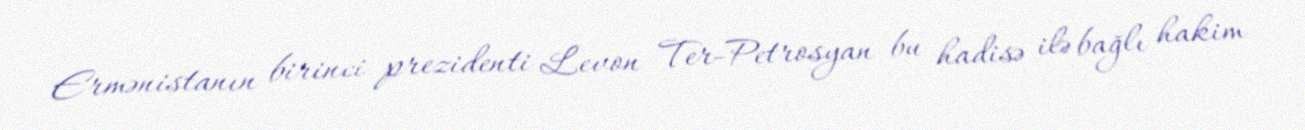
Ermənistanın birinci prezidenti Levon Ter-Petrosyan bu hadisə ilə bağlı hakim